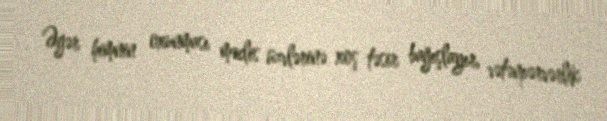
Əgər himnin oxunması məclis üzvlərinə xoş təsir bağışlayır, vətənpərvərlik